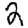
Digit: 2